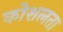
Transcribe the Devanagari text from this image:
कोशलता